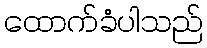
ထောက်ခံပါသည်